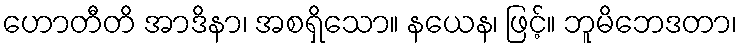
ဟောတီတိ အာဒိနာ၊ အစရှိသော။ နယေန၊ ဖြင့်။ ဘူမိဘေဒတာ၊